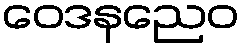
ဝေဒနညေဝ